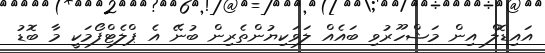
އައިޑޮލް އިން މަޝްހޫރުވި ބައެއް ލަވަކިޔުންތެރިން ބުނޭ އެ ޕްލެޓްފޯމަކީ މާ ބޮޑު